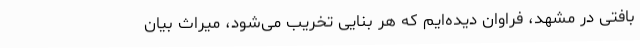
بافتی در مشهد، فراوان دیده‌ایم که هر بنایی تخریب می‌شود، میراث بیان